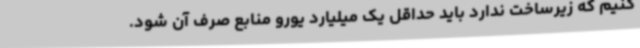
کنیم که زیرساخت‌ ندارد باید حداقل یک میلیارد یورو منابع صرف آن شود.